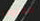
مفتوحا